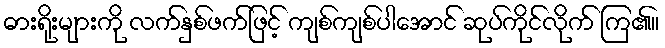
ဓားရိုးများကို လက်နှစ်ဖက်ဖြင့် ကျစ်ကျစ်ပါအောင် ဆုပ်ကိုင်လိုက် ကြ၏။